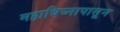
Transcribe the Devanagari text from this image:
महाविघ्नापासून